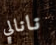
نانالي